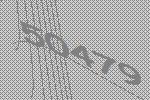
50479